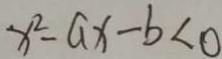
x ^ { 2 } - a x - b < 0